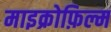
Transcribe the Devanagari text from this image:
माइक्रोफ़िल्म